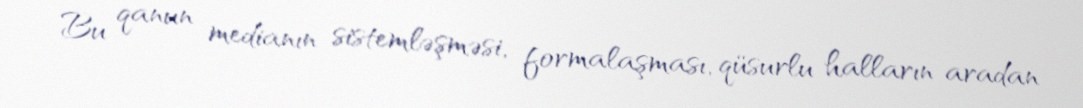
Bu qanun medianın sistemləşməsi, formalaşması, qüsurlu halların aradan